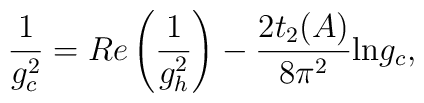
\frac{1}{g_c^2} = Re\left(\frac{1}{g_h^2}\right)   - \frac{2 t_2(A)}{8 \pi^2} \mbox{ln} g_c,